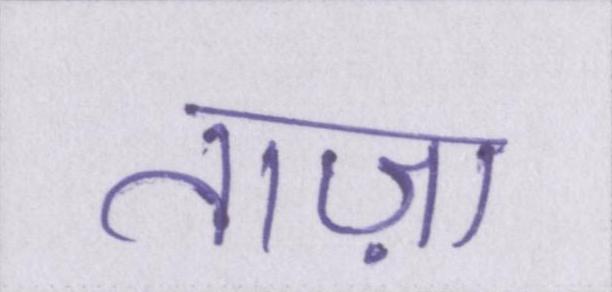
ताज़ा